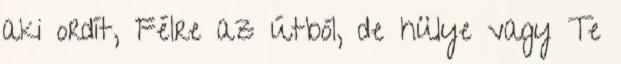
aki ordít, Félre az útból, de hülye vagy Te